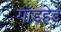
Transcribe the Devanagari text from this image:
गॉडहेड